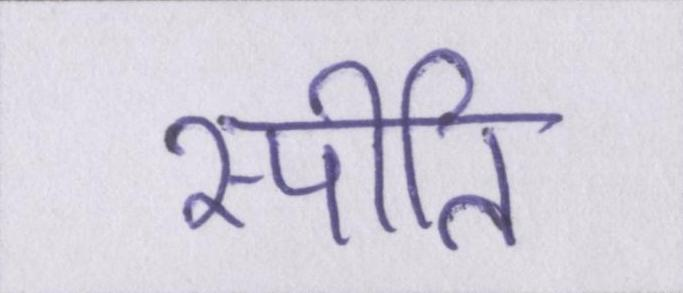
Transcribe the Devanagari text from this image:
स्पीति